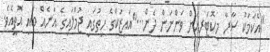
"އެކަމަކު ސާރާ މިކޮޓަރިއަށް ވަންނަން ދެން..."އައިޒަކްގެ ހިތުގައި ޖުމްލައިގެ އަނެއް ބައި އޮތީއެވެ.